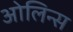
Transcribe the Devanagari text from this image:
ओलिन्स